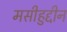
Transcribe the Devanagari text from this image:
मसीहुद्दीन